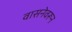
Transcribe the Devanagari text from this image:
वासनेवरून